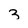
Character: 3